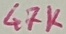
Text: 47K